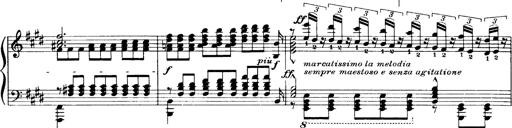
Title: OuvertÃ¼re zu TannhÃ¤user
Composer: Franz Liszt